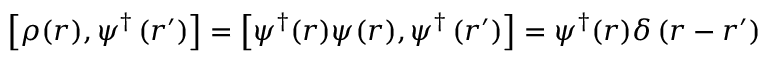
\left[ \rho ( r ) , \psi ^ { \dagger } \left( r ^ { \prime } \right) \right] = \left[ \psi ^ { \dagger } ( r ) \psi ( r ) , \psi ^ { \dagger } \left( r ^ { \prime } \right) \right] = \psi ^ { \dagger } ( r ) \delta \left( r - r ^ { \prime } \right)